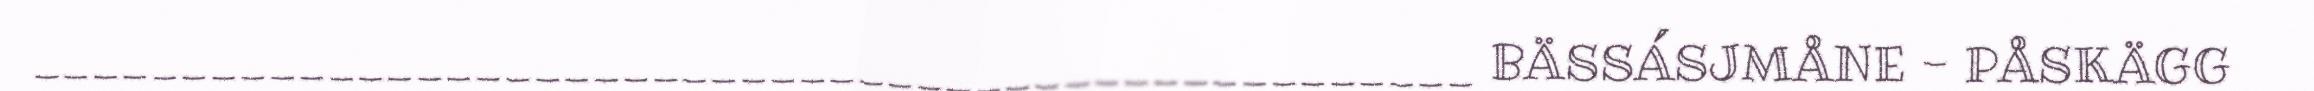
_________________________________________________ BÄSSÁSJMÅNE - PÅSKÄGG